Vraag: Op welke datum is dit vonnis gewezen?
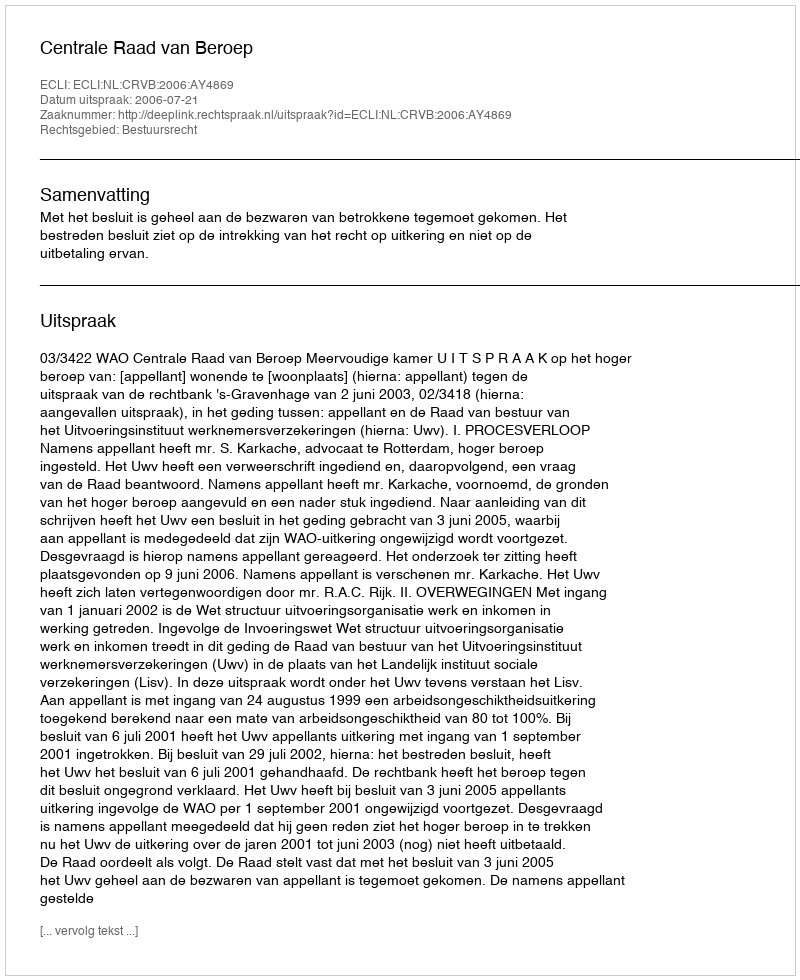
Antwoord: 2006-07-21